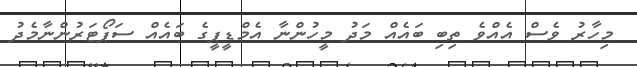
މިހާރު ވެސް އެއްވެ ތިބި ބައެއް މަދު މީހުންނާ އެމްޑީޕީގެ ބައެއް ސަޕޯޓަރުންނާމެދު